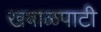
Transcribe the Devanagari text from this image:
खबाळपाटी